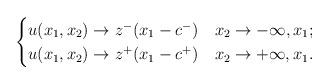
LaTeX: \begin{align*}\begin{cases}{u}(x_1,x_2)\to z^-(x_1-c^-)&x_2\to -\infty,x_1;\\{u}(x_1,x_2)\to z^+(x_1-c^+)&x_2\to +\infty,x_1.\end{cases}\end{align*}